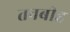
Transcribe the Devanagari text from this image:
तनबीह